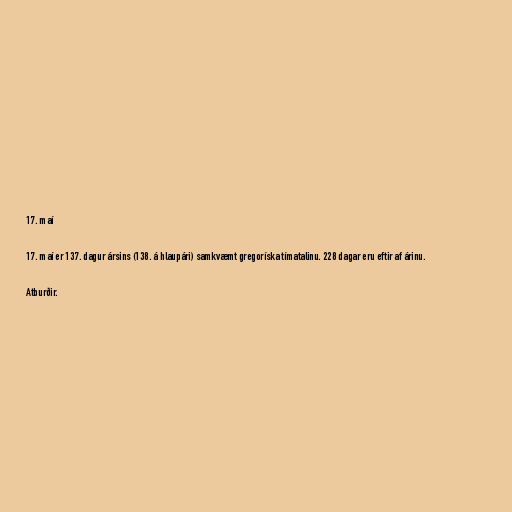
17. maí

17. maí er 137. dagur ársins (138. á hlaupári) samkvæmt gregoríska tímatalinu. 228 dagar eru eftir af árinu.

Atburðir.